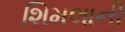
શિમલાની